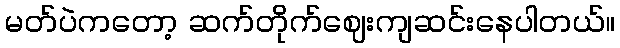
မတ်ပဲကတော့ ဆက်တိုက်ဈေးကျဆင်းနေပါတယ်။